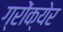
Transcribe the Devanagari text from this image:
ग्रोंक्येर